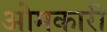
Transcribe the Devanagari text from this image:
ओमकारी